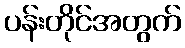
ပန်းတိုင်အတွက်